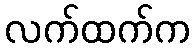
လက်ထက်က